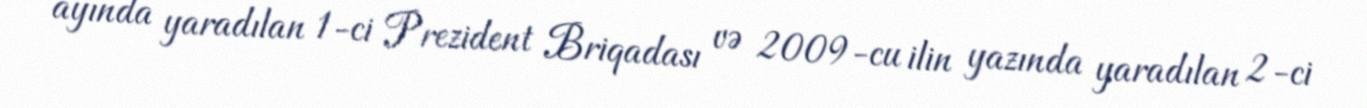
ayında yaradılan 1-ci Prezident Briqadası və 2009-cu ilin yazında yaradılan 2-ci